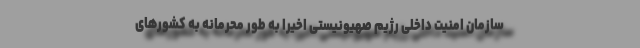
سازمان امنیت داخلی رژیم صهیونیستی اخیرا به طور محرمانه به کشورهای